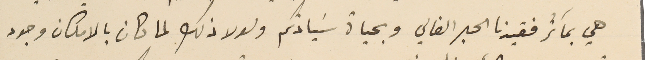
هي بمآثر فقيدنا الحبر الغالي وبحياة سَيادتكم ولولا ذلك لما كان بالامكان وجود